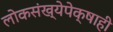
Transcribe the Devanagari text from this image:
लोकसंख्येपेक्षाही